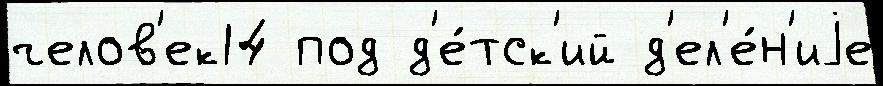
челов'ек14 под д'е́тск'ий д'ел'е́н'иjе